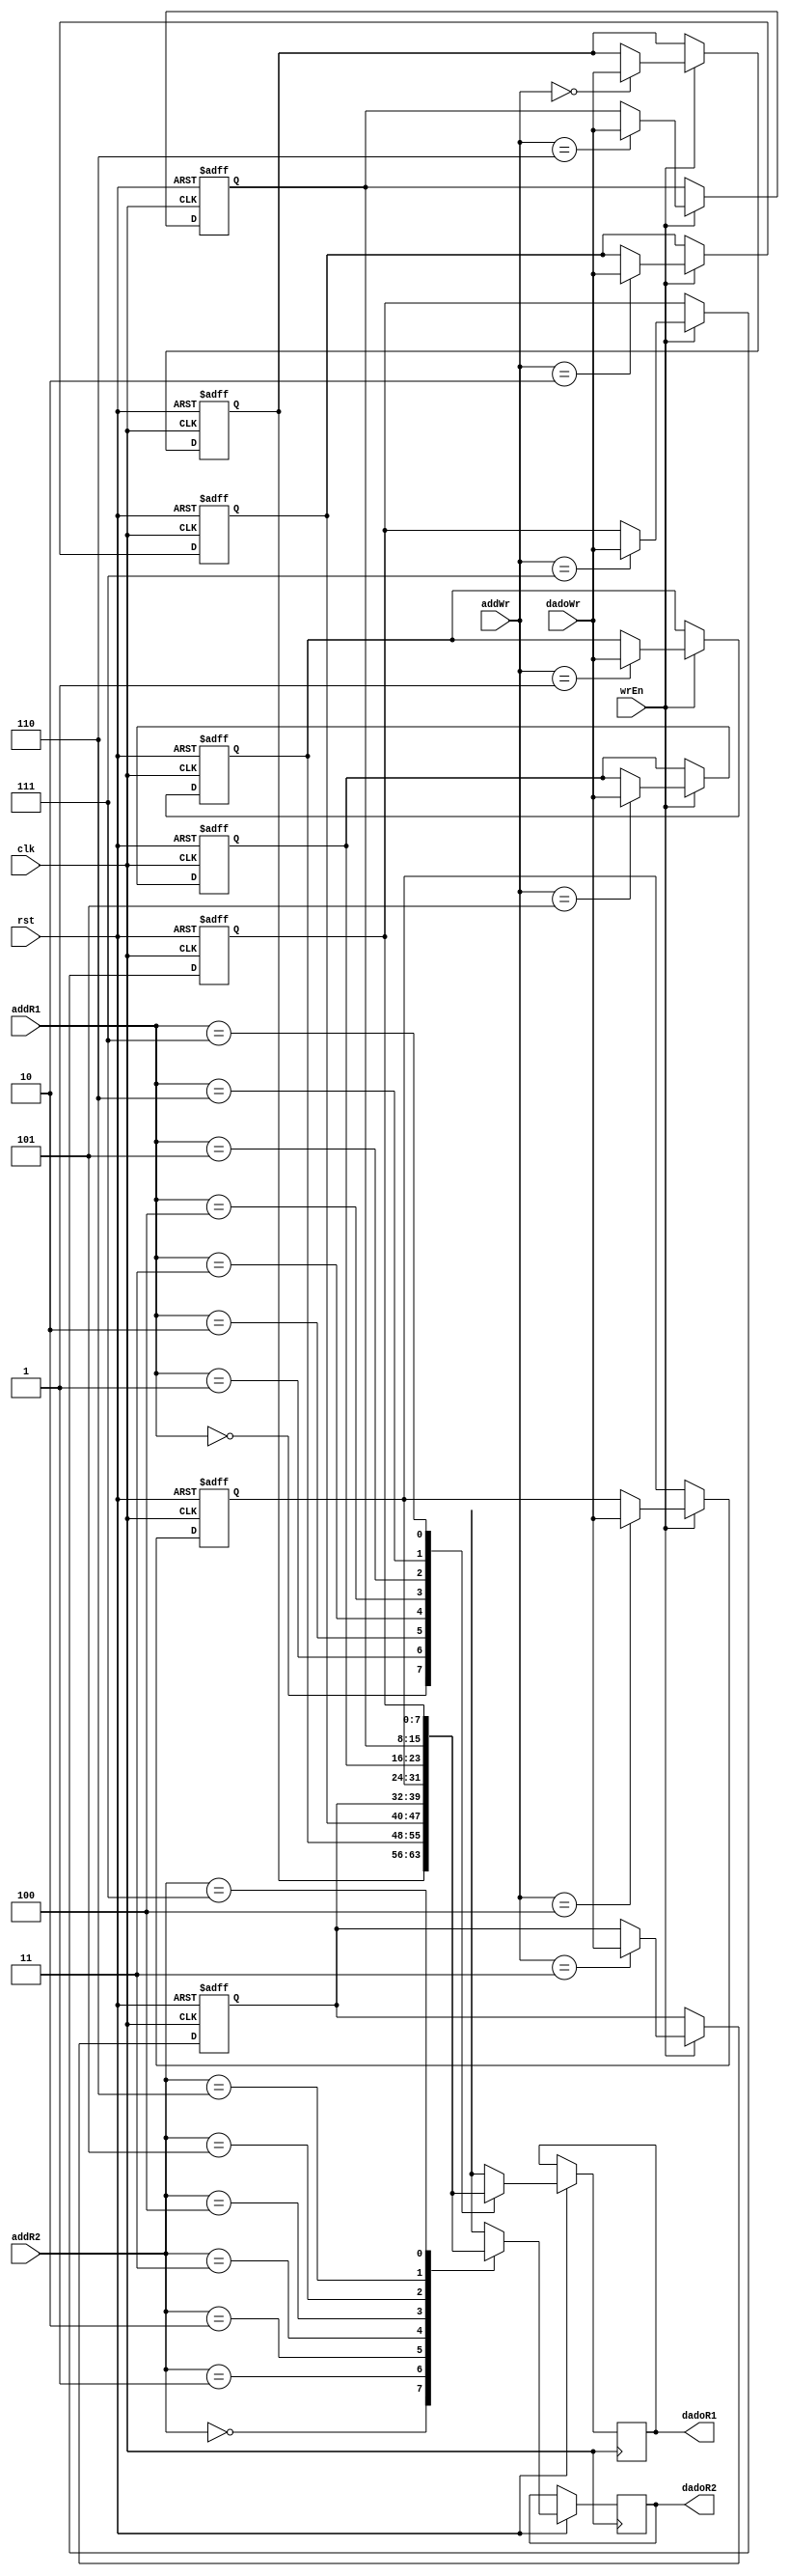
module bancoRegistradores(rst, clk, wrEn, addR1, addR2, addWr, dadoR1, dadoR2, dadoWr);
	input clk, rst, wrEn;
	input [2:0] addR1, addR2, addWr;
	input [7:0] dadoWr;
	output reg [7:0] dadoR1; 
	output reg [7:0] dadoR2;

	reg [7:0] dados [0:7];

	always @ (posedge clk, negedge rst)
		begin
			if ( rst == 0 )
				begin
					dados[3'b000] <= 8'b11110000;
					dados[3'b001] <= 8'b11110001;
					dados[3'b010] <= 8'b11110010;
					dados[3'b011] <= 8'b11110011;
					dados[3'b100] <= 8'b11110100;
					dados[3'b101] <= 8'b11110101;
					dados[3'b110] <= 8'b11110110;
					dados[3'b111] <= 8'b11110111;
				end
			else begin
				  if ( wrEn == 1 )
					begin
						dados[addWr] <= dadoWr;
					end
						 
				   dadoR1 <= dados[addR1];
				   dadoR2 <= dados[addR2];
				
			end
		end
endmodule